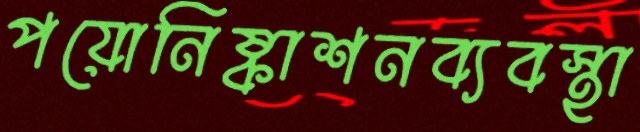
পয়োনিষ্কাশনব্যবস্থা